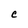
Character: C